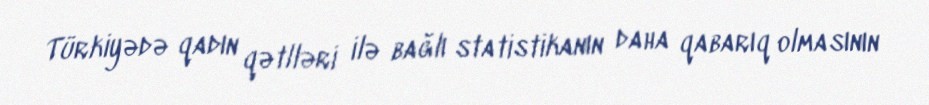
Türkiyədə qadın qətlləri ilə bağlı statistikanın daha qabarıq olmasının